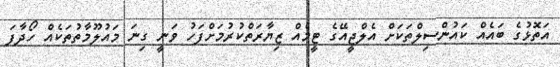
އަތޮޅުގެ ބައެއް ކައުންސިލްތަކަށް އެލްޖީއޭގެ ޓީމެއް ޒިޔާރަތްކުރުމަށްފަހު ވަނީ ގިނަ މައުލޫމާތުތަކެއް ހޯދާފަ